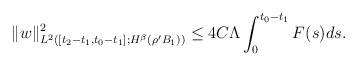
LaTeX: \begin{align*}\|w\|^{2}_{L^{2}([t_{2}-t_{1},t_{0}-t_{1}];H^{\beta}(\rho'B_{1}))} \leq 4C\Lambda\int_{0}^{t_{0}-t_{1}}F(s)ds.\end{align*}